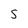
Character: 5